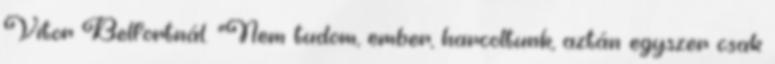
Vitor Belfortnál. "Nem tudom, ember, harcoltunk, aztán egyszer csak